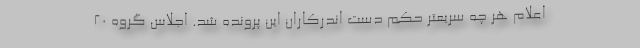
اعلام هر چه سریعتر حکم دست اندرکاران این پرونده شد. اجلاس گروه 20